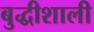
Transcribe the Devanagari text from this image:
बुद्धीशाली